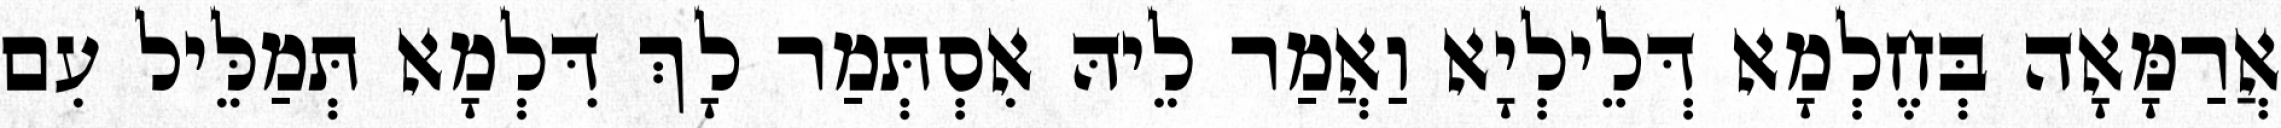
אֲרַמָּאָה בְּחֶלְמָא דְּלֵילְיָא וַאֲמַר לֵיהּ אִסְתְּמַר לָךְ דִּלְמָא תְּמַלֵּיל עִם